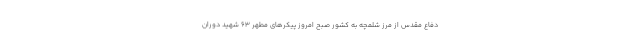
دفاع مقدس از مرز شلمچه به کشور صبح امروز پیکرهای مطهر ۶۳ شهید دوران